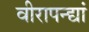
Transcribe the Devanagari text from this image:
वीरापन्द्यां